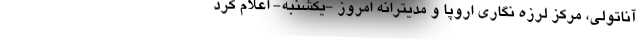
آناتولی، مرکز لرزه نگاری اروپا و مدیترانه امروز -یکشنبه- اعلام کرد